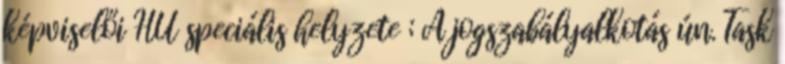
képviselői HU speciális helyzete ; A jogszabályalkotás ún. Task